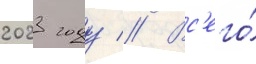
2023 году // Вс'его́